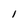
Character: I